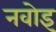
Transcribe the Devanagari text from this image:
नवोइ